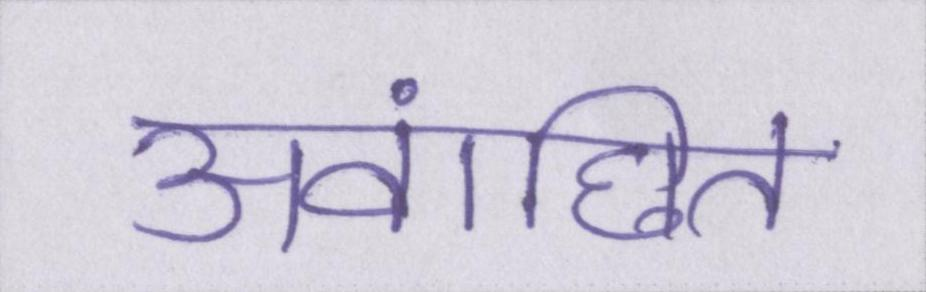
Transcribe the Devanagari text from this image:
अवांछित